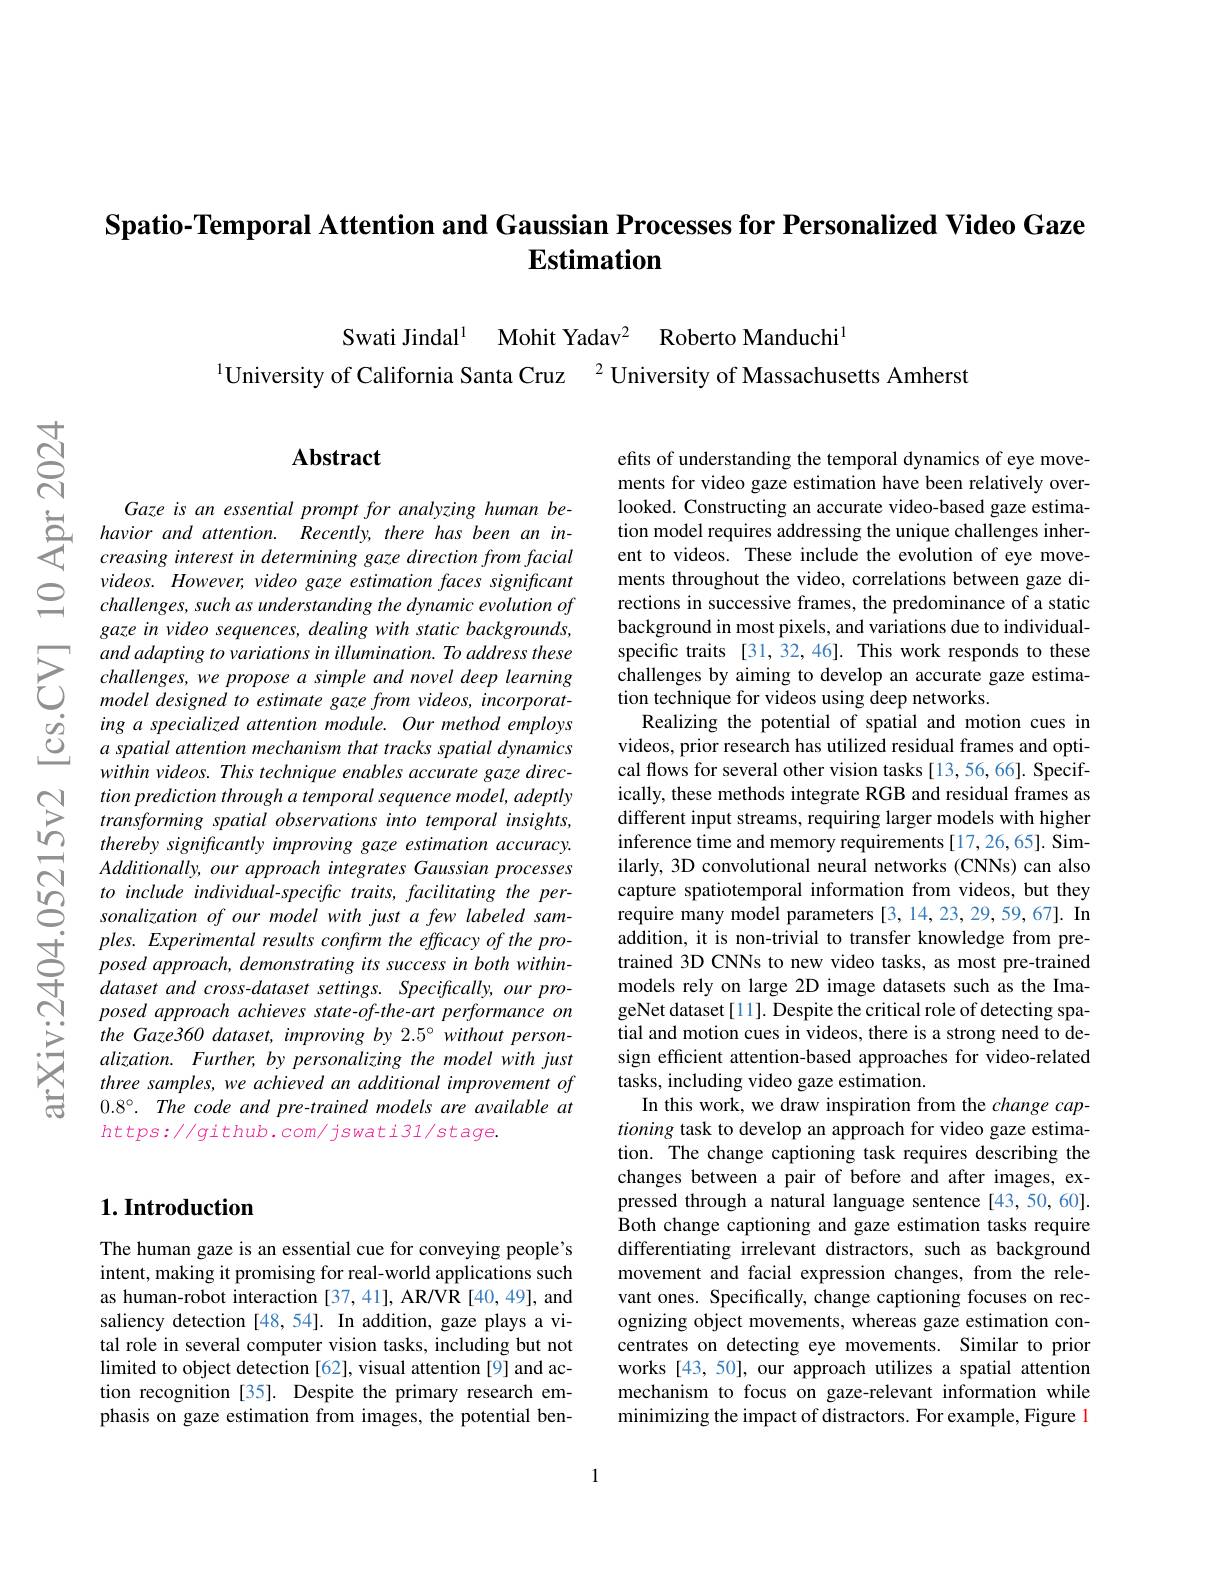
## Spatio-Temporal Attention an Estimation

$으$

$હું$

Swati Jindal$^{1}$ Mohit Yad
$^{1}$University of Californ

## $\mathbf{Abstract}$

$\begin{aligned}Gaze&is&an&essential&promp\end{aligned}$
videos. However, video gaze challenges, such as understanding the dynamic evolution of gaze in video sequences, dea
$\sum_{\begin{array}{lll}&and\:adapting\:to\:variations\:in\:illumin\end{array}}$ $\begin{array}{ccc}\dot{o}&ing\:a\:specialized\:attention\:module.\:Our\:method\:employs\\\dot{O}&a\:spatial\:attention\:mechanism\:that\:tracks\:spatial\:dynamics\end{array}$
within videos. This technique enables accurate gaze direction prediction through a te transforming spatial observations into temporal insights, thereby significantly improv Additionally, our approach integrates Gaussian processes to include individual-specif sonalization of our model with just a few labeled sam-
$\begin{array}{lllll}&ples.Experimental&results&confirm&the&\end{array}$
posed approach achieves state-of-the-art performance on the Gaze360 dataset, improving by 2.5° without personalization. Further, by personalizing the model with just three samples, we achieved an additional improvement of $0.8^{\circ}.$ The code and pre-trained models are available at $https://github.com/jswati31/stage.$

efits of understanding the temporal dynamics of eye movements for video gaze estimation have been relatively overlooked. Constructing an accurate video-based gaze estimation model requires addressing the unique challenges inherent to videos. These include the evolution of eye movements throughout the video, correlations between gaze directions in successive frames, the predominance of a static background in most pixels, and variations due to individualspecific traits [31,32,46]. This work responds to these challenges by aiming to develop an accurate gaze estimation technique for videos using deep networks.
Realizing the potential of spatial and motion cues in videos, prior research has utilized residual frames and optical flows for several other vision tasks [13,56,66]. Specifically, these methods integrate RGB and residual frames as different input streams, requiring larger models with higher inference time and memory requirements [17,26,65]. Similarly, 3D convolutional neural networks (CNNs) can also capture spatiotemporal information from videos, but they require many model parameters [3,14,23,29,59,67]. In addition, it is non-trivial to transfer knowledge from pretrained 3D CNNs to new video tasks, as most pre-trained models rely on large 2D image datasets such as the ImageNet dataset[11]. Despite the critical role of detecting spatial and motion cues in videos, there is a strong need to design efficient attention-based approaches for video-related tasks, including video gaze estimation.
In this work, we draw inspiration from the change captioning task to develop an approach for video gaze estimation. The change captioning task requires describing the changes between a pair of before and after images, expressed through a natural language sentence [43,50,60]. Both change captioning and gaze estimation tasks require differentiating irrelevant distractors, such as background movement and facial expression changes, from the relevant ones. Specifically, change captioning focuses on recognizing object movements, whereas gaze estimation concentrates on detecting eye movements. Similar to prior works [43,50], our approach utilizes a spatial attention mechanism to focus on gaze-relevant information while minimizing the impact of distractors. For example, Figure l

## $1. \textbf{Introduction}$

The human gaze is an essential cue for conveying people's intent, making it promising for real-world applications such as human-robot interaction [37,41], AR/VR [40,49], and saliency detection [48,54]. In addition, gaze plays a vital role in several computer vision tasks, including but not limited to object detection [62], visual attention [9] and action recognition [35]. Despite the primary research emphasis on gaze estimation from images, the potential ben-

1